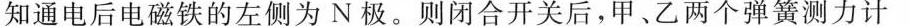
知通电后电磁铁的左侧为N极。则闭合开关后，甲、乙两个弹簧测力计